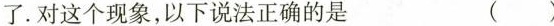
了.对这个现象，以下说法正确的是 ( )